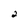
Character: 2